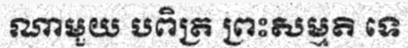
ណាមួយ បពិត្រ ព្រះសម្មតិ ទេ